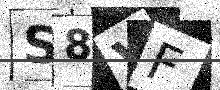
Text: S8VF